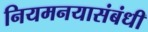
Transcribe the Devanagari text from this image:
नियमनयासंबंधी